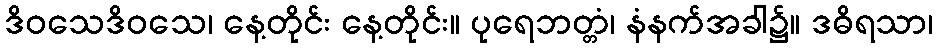
ဒိဝသေဒိဝသေ၊ နေ့တိုင်း နေ့တိုင်း။ ပုရေဘတ္တံ၊ နံနက်အခါ၌။ ဒဓိရသာ၊